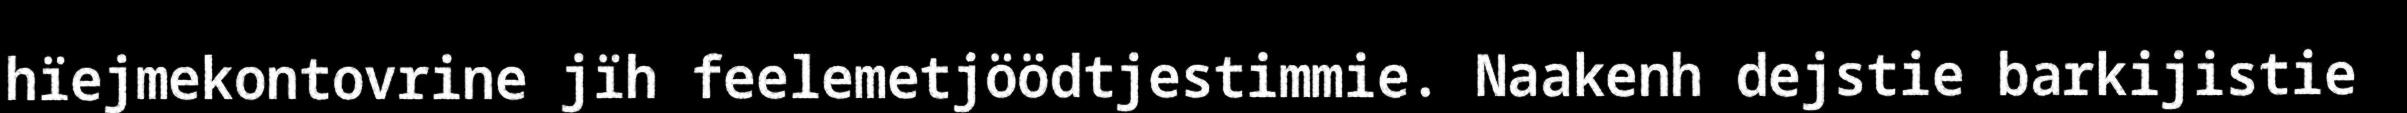
hïejmekontovrine jïh feelemetjöödtjestimmie. Naakenh dejstie barkijistie